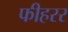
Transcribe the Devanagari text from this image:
फीहरर